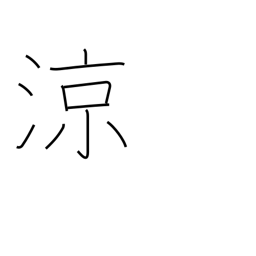
Meaning: refreshing